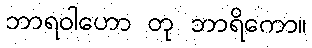
ဘာရဝါဟော တု ဘာရိကော။